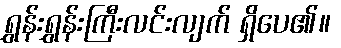
ရွှန်းရွှန်းကြီးလင်းလျက် ရှိပေ၏။